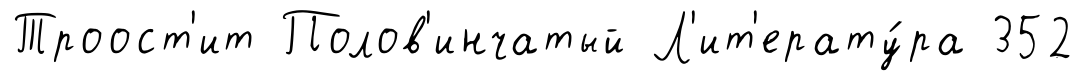
Троост'ит Полов'инчатый Л'ит'ерату́ра 352